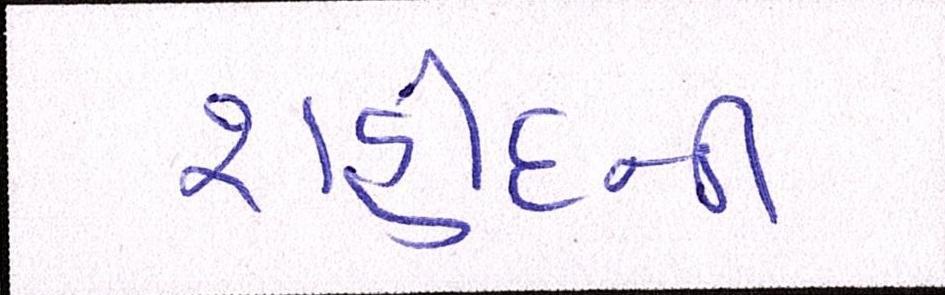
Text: શહીદની